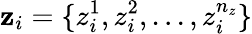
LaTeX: \mathbf{z}_{i}=\{ z_{i}^{1},z_{i}^{2},...,z_{i}^{n_{z}}\}